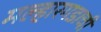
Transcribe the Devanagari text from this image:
मल्हारगडाची